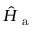
\hat { H } _ { \mathrm { ~ a ~ } }